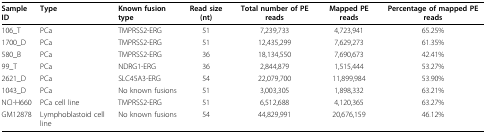
| Sample ID | Type | Known fusion type | Read size (nt) | Total number of PE reads | Mapped PE reads | Percentage of mapped PE reads |
 | --- | --- | --- | --- | --- | --- | --- |
 | 106_T | PCa | TMPRSS2-ERG | 51 | 7,239,733 | 4,723,941 | 65.25% |
 | 1700_D | PCa | TMPRSS2-ERG | 51 | 12,435,299 | 7,629,273 | 61.35% |
 | 580_B | PCa | TMPRSS2-ERG | 36 | 18,134,550 | 7,690,673 | 42.41% |
 | 99_T | PCa | NDRG1-ERG | 36 | 2,844,879 | 1,515,444 | 53.27% |
 | 2621_D | PCa | SLC45A3-ERG | 54 | 22,079,700 | 11,899,984 | 53.90% |
 | 1043_D | PCa | No known fusions | 51 | 3,003,305 | 1,898,332 | 63.21% |
 | NCI-H660 | PCa cell line | TMPRSS2-ERG | 51 | 6,512,688 | 4,120,365 | 63.27% |
 | GM12878 | Lymphoblastoid cell line | No known fusions | 54 | 44,829,991 | 20,676,159 | 46.12% |